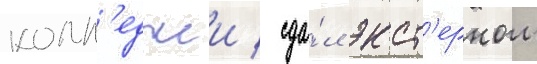
колл'еджеи / сда́л экст'ерном